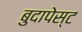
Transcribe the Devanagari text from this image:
बुदापेस्ट